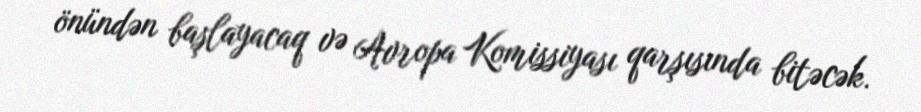
önündən başlayacaq və Avropa Komissiyası qarşısında bitəcək.